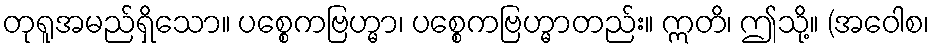
တုရူအမည်ရှိသော။ ပစ္စေကဗြဟ္မာ၊ ပစ္စေကဗြဟ္မာတည်း။ ဣတိ၊ ဤသို့။ (အဝေါစ၊